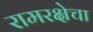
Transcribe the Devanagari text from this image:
रामरक्षेचा